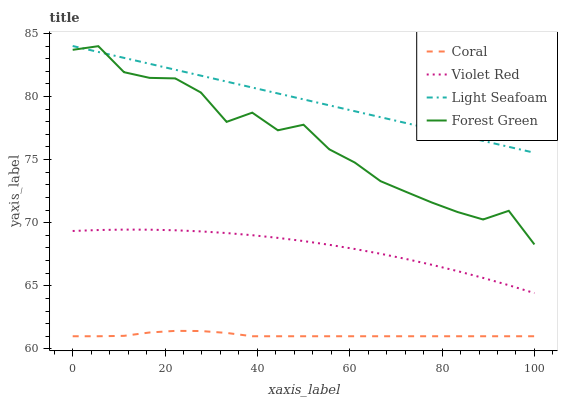
| xaxis_label | Coral | Violet Red | Light Seafoam | Forest Green |
 | --- | --- | --- | --- | --- |
 | 0 | 61 | 69.3 | 84 | 83.7 |
 | 5.56 | 61 | 69.4 | 83.5 | 84 |
 | 11.1 | 61 | 69.5 | 83.1 | 81.9 |
 | 16.7 | 61.3 | 69.4 | 82.6 | 81.5 |
 | 22.2 | 61.4 | 69.4 | 82.1 | 81.4 |
 | 27.8 | 61.4 | 69.3 | 81.7 | 80.3 |
 | 33.3 | 61.3 | 69.2 | 81.2 | 78 |
 | 38.9 | 61 | 69 | 80.7 | 78.7 |
 | 44.4 | 61 | 68.8 | 80.2 | 77.3 |
 | 50 | 61 | 68.5 | 79.8 | 77.8 |
 | 55.6 | 61 | 68.2 | 79.3 | 75.8 |
 | 61.1 | 61 | 67.9 | 78.8 | 74.8 |
 | 66.7 | 61 | 67.5 | 78.4 | 73.3 |
 | 72.2 | 61 | 67.1 | 77.9 | 72.4 |
 | 77.8 | 61 | 66.7 | 77.4 | 71.6 |
 | 83.3 | 61 | 66.2 | 77 | 70.8 |
 | 88.9 | 61 | 65.6 | 76.5 | 70.3 |
 | 94.4 | 61 | 65 | 76 | 70.9 |
 | 100 | 61 | 64.4 | 75.5 | 68.3 |